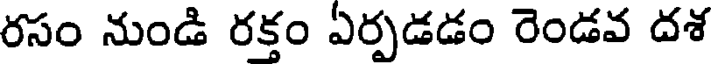
రసం నుండి రక్తం ఏర్పడడం రెండవ దశ